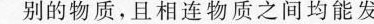
别的物质，且相连物质之间均能发